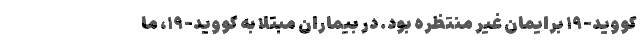
کووید-۱۹ برایمان غیر منتظره بود. در بیماران مبتلا به کووید-۱۹، ما